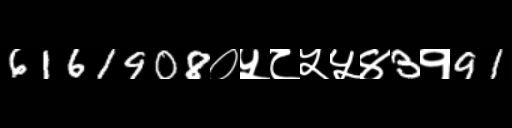
Text: 6161908०५८५५४3१91